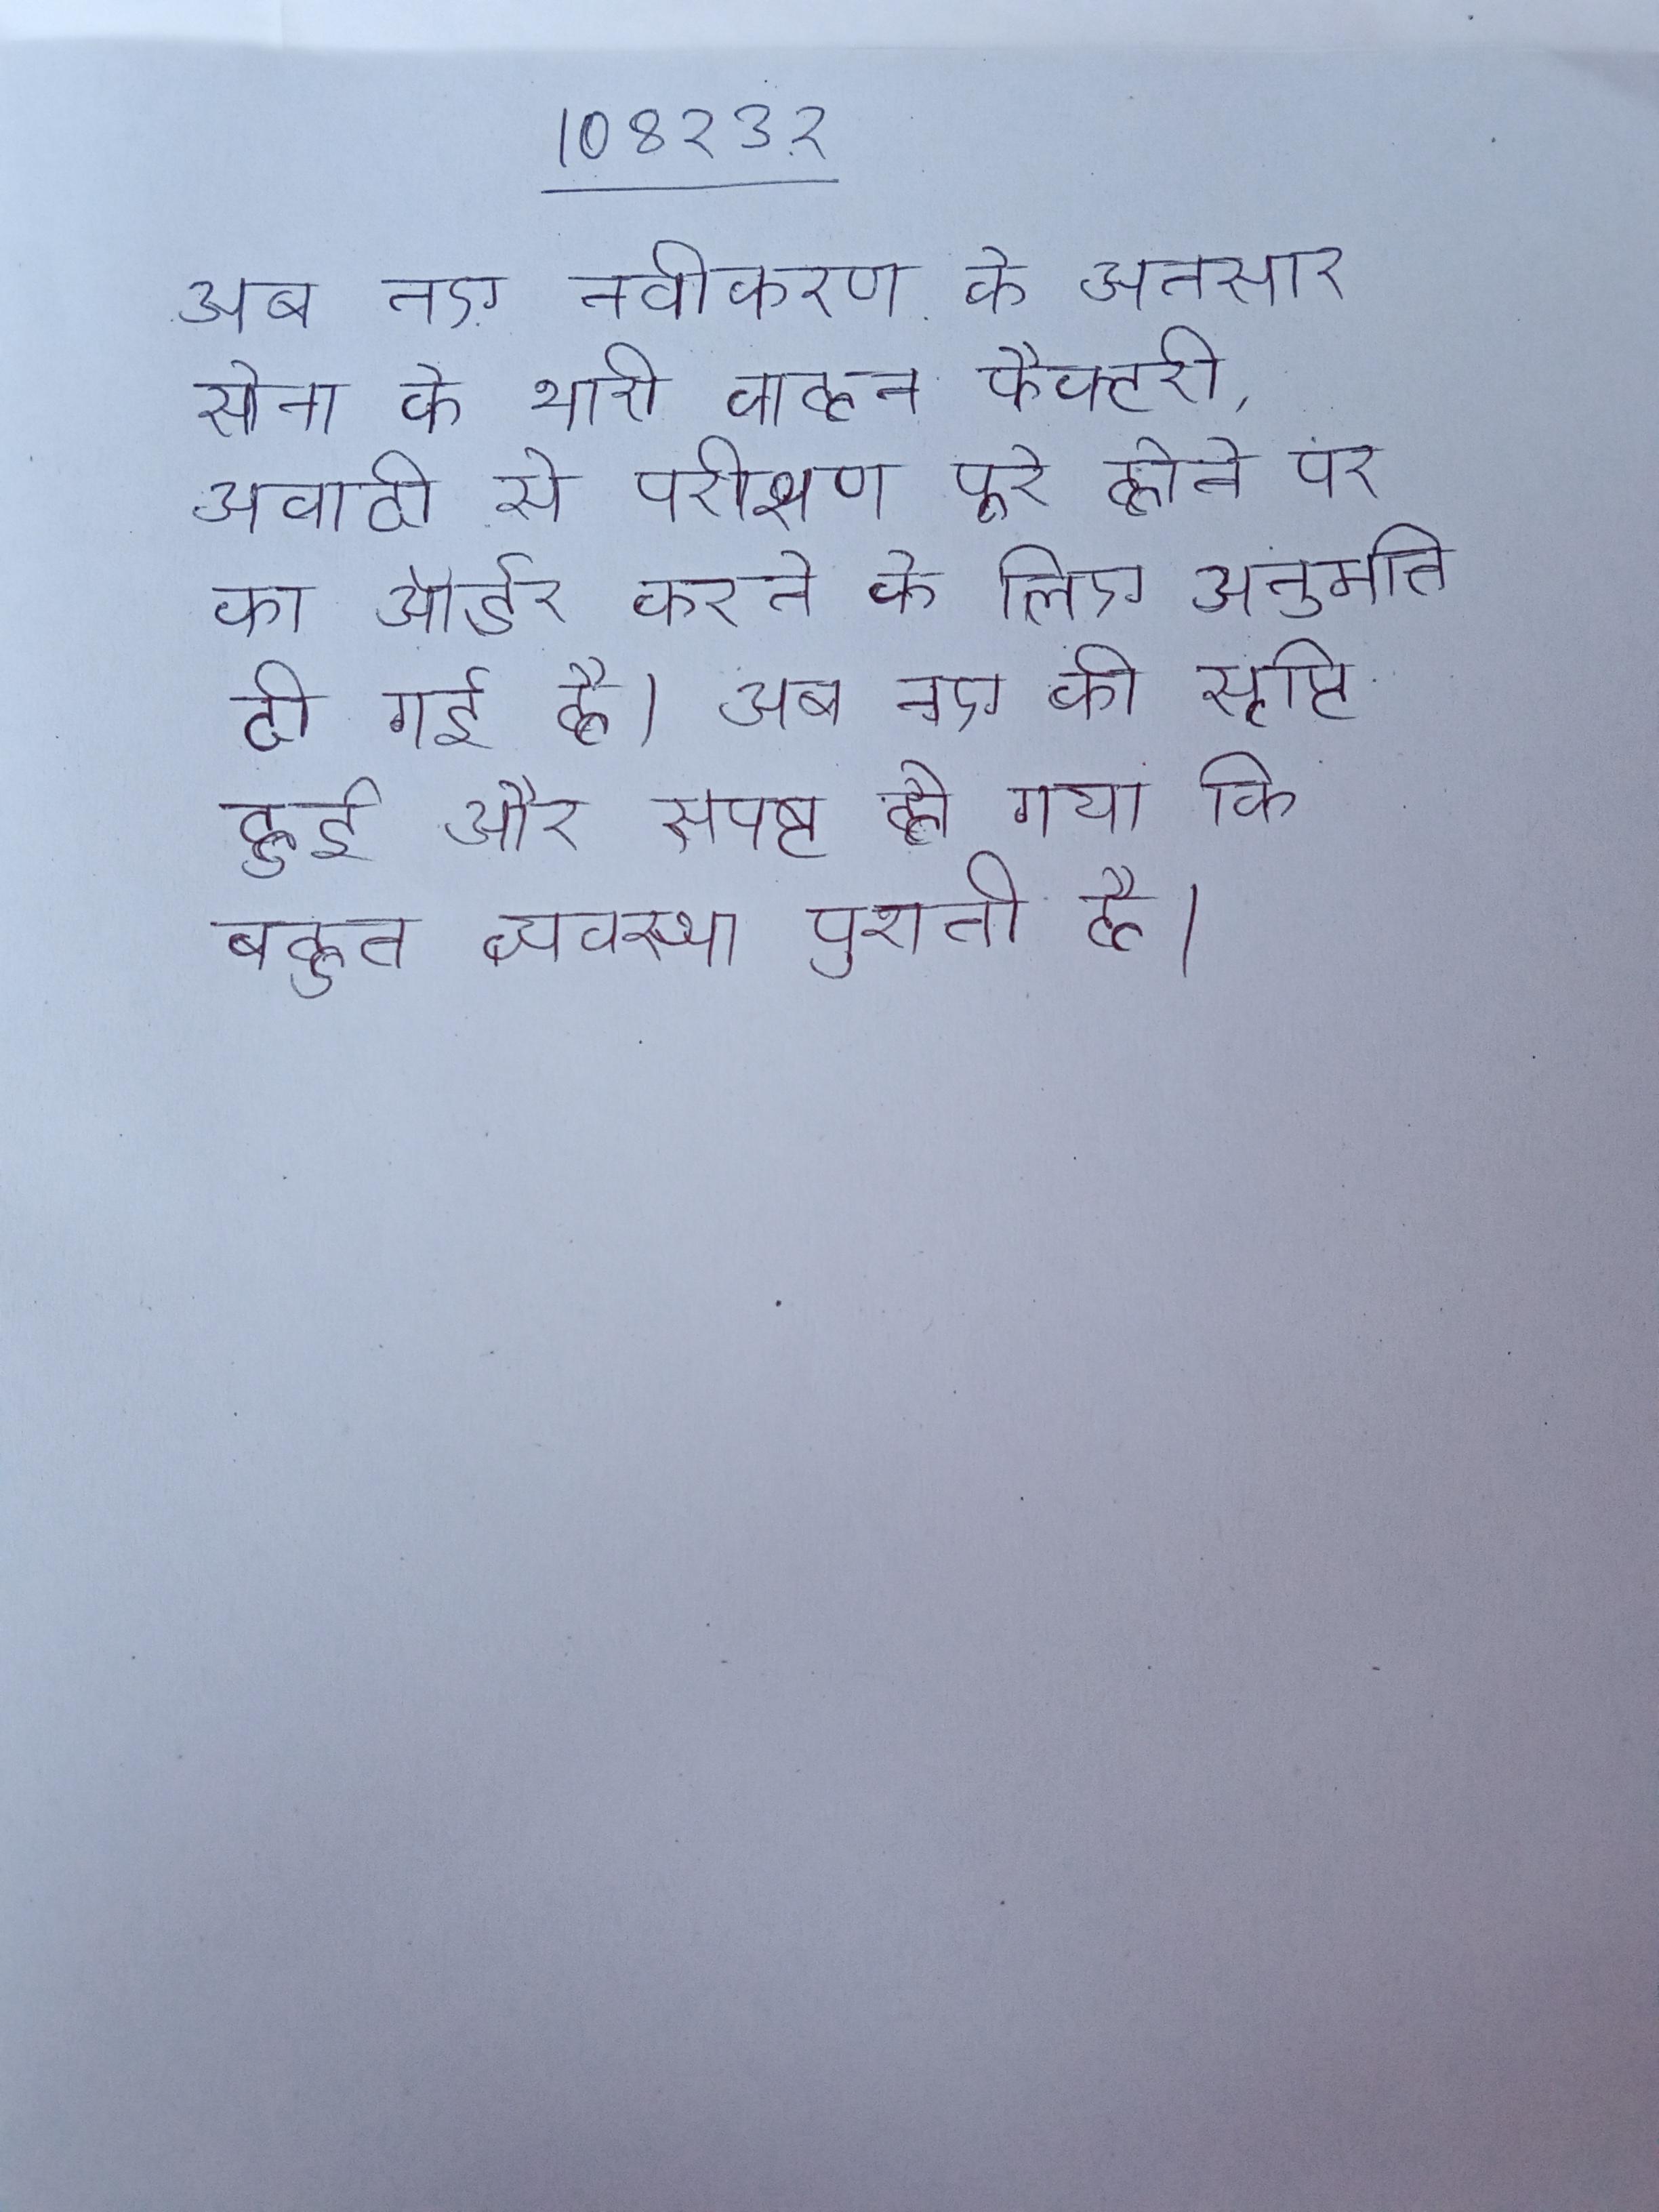
अब नए नवीकरण के अनुसार सेना को भारी वाहन फैक्टरी, अवादी से परीक्षण पूरे होने पर का ऑर्डर करने के लिए अनुमति दी गई है । अब नए की सृष्टि हुई और स्पष्ट हो गया कि बहुत व्यवस्था पुरानी है ।